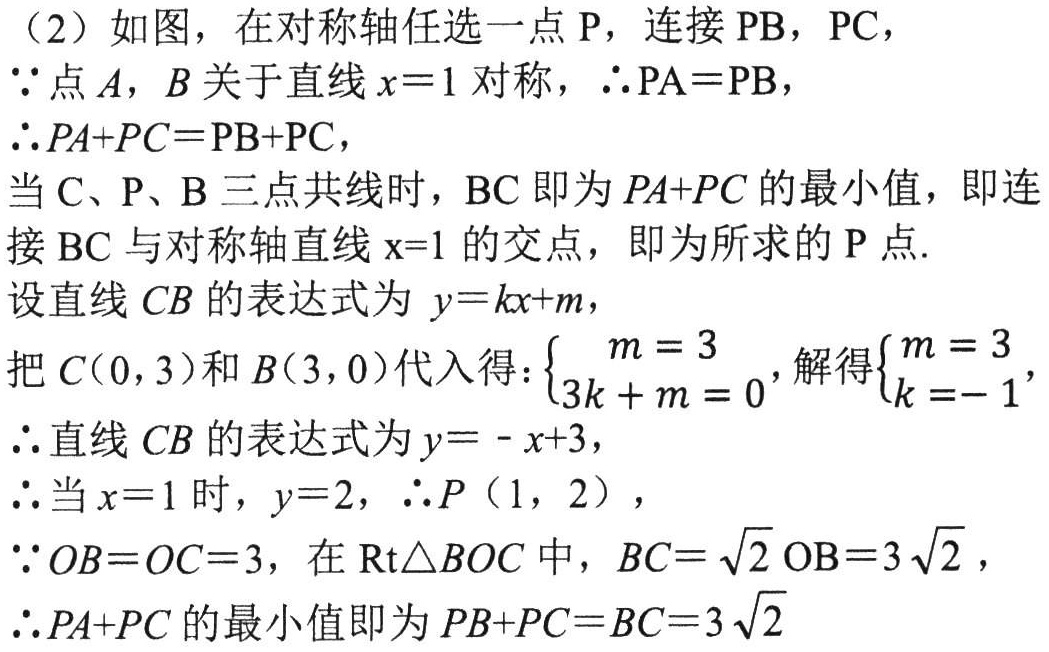
（2）如图，在对称轴任选一点\(P\)，连接\(PB\)，\(PC\)，
\(\because\)点\(A\)，\(B\)关于直线\(x = 1\)对称，\(\therefore PA=PB\)，
\(\therefore PA + PC=PB + PC\)，
当\(C\)、\(P\)、\(B\)三点共线时，\(BC\)即为\(PA + PC\)的最小值，即连接\(BC\)与对称轴直线\(x = 1\)的交点，即为所求的\(P\)点.
设直线\(CB\)的表达式为\(y = kx + m\)，
把\(C(0,3)\)和\(B(3,0)\)代入得：\(\begin{cases}m = 3\\3k + m = 0\end{cases}\)，解得\(\begin{cases}m = 3\\k = - 1\end{cases}\)，
\(\therefore\)直线\(CB\)的表达式为\(y=-x + 3\)，
\(\therefore\)当\(x = 1\)时，\(y = 2\)，\(\therefore P(1,2)\)，
\(\because OB = OC = 3\)，在\(\text{Rt}\triangle BOC\)中，\(BC=\sqrt{2}OB = 3\sqrt{2}\)，
\(\therefore PA + PC\)的最小值即为\(PB + PC=BC = 3\sqrt{2}\)